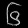
Digit: ၆